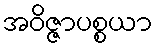
အဝိဇ္ဇာပစ္စယာ